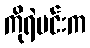
ကိုရဲမင်းက